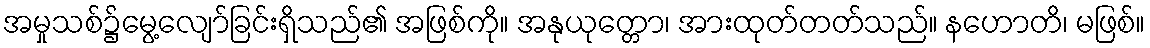
အမှုသစ်၌မွေ့လျော်ခြင်းရှိသည်၏ အဖြစ်ကို။ အနုယုတ္တော၊ အားထုတ်တတ်သည်။ နဟောတိ၊ မဖြစ်။